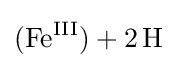
{(\mathrm {Fe} {\vphantom {A}}^{\mathrm {III} }){}+{}2\,\mathrm {H} }